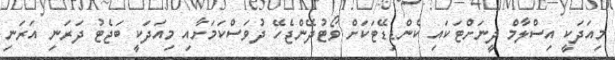
މިއަދަކީ އިސްލާމް ދީނަށްޓަކައި ކެންޑިޑޭޓަކަށް ވޯޓުދޭންޖެހޭ ދުވަސްކަމަށާއި މިއަދަކީ ބަޖެޓު ދަރަނި އަރަނި